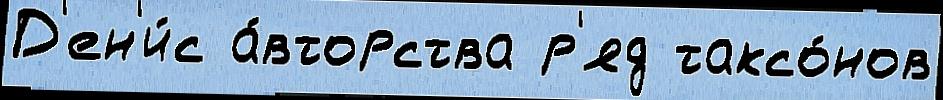
Д'ен'и́с а́вторства р'яд таксо́нов